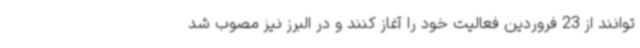
توانند از 23 فروردین فعالیت خود را آغاز کنند و در البرز نیز مصوب شد